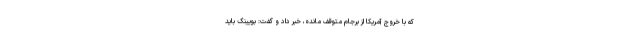
که با خروج آمریکا از برجام متوقف مانده، خبر داد و گفت: بویینگ باید